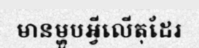
មានម្ហូបអ្វីលើតុដែរ